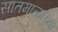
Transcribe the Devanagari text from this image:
सातमाळाच्या